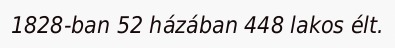
1828-ban 52 házában 448 lakos élt.